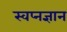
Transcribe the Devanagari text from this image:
स्वप्नज्ञान